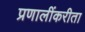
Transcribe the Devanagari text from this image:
प्रणालींकरीता